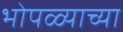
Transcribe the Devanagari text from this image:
भोपळ्याच्या